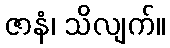
ဇာနံ၊ သိလျက်။